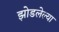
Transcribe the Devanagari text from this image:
झोडलेल्या